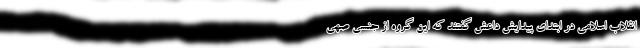
انقلاب اسلامی در ابتدای پیدایش داعش گفتند که این گروه از جنسی صهی